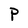
Character: P